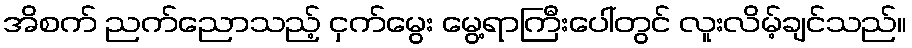
အိစက် ညက်ညောသည့် ငှက်မွေး မွေ့ရာကြီးပေါ်တွင် လူးလိမ့်ချင်သည်။